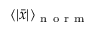
\langle | \bar { x } | \rangle _ { \mathrm { ~ n ~ o ~ r ~ m ~ } }